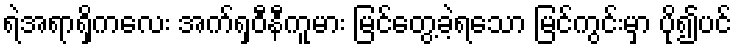
ရဲအရာရှိကလေး အက်ရှဝီနီကူမား မြင်တွေ့ခဲ့ရသော မြင်ကွင်းမှာ ပို၍ပင်